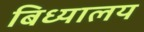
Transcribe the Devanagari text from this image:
बिध्यालय